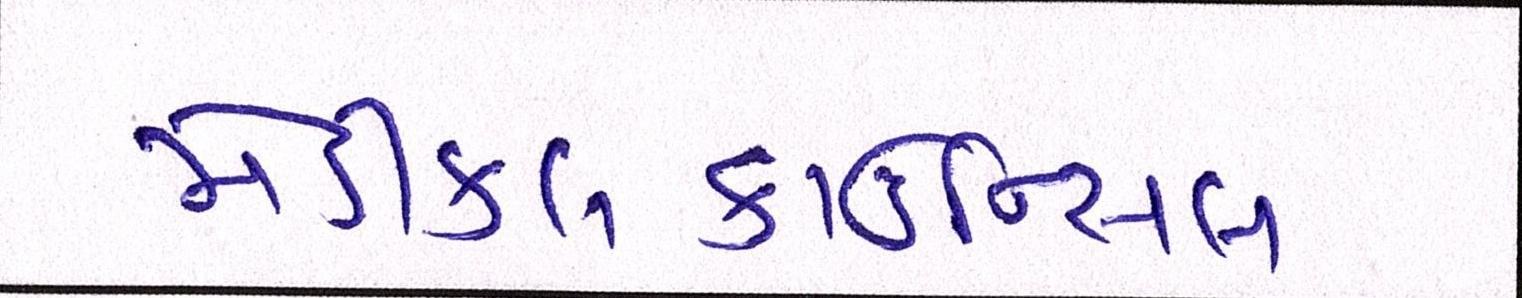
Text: મેડીકલકાઉન્સિલ